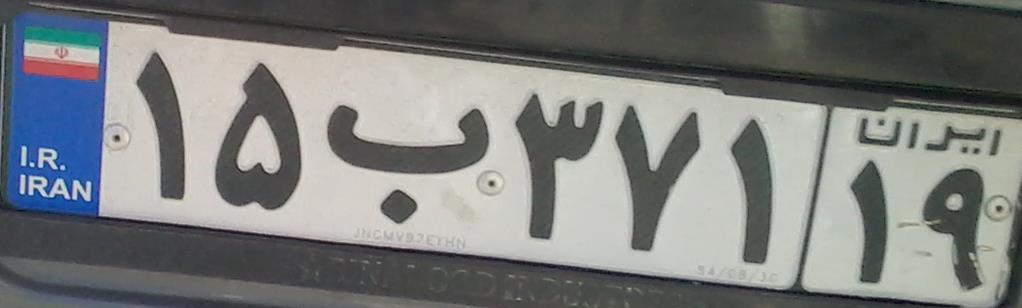
۱۵ب۳۷۱۱۹